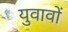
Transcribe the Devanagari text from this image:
युवावों